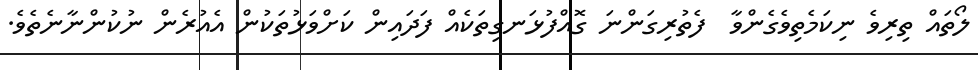
ލޯތައް ތިރިވެ ނިކަމެތިވެގެންވާ  ފެތުރިގަންނަ ގޮއްފުޅަނގިތަކެއް ފަދައިން ކަށްވަޅުތަކުން އެއުރެން ނުކުންނާނެތެވެ.